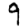
Digit: 9